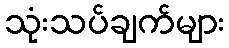
သုံးသပ်ချက်များ